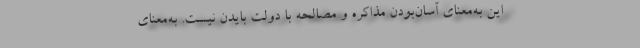
این به‌معنای آسان‌بودن مذاکره و مصالحه با دولت بایدن نیست. به‌معنای